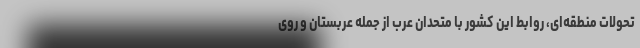
تحولات منطقه‌ای، روابط این کشور با متحدان عرب از جمله عربستان و روی